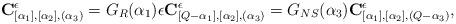
LaTeX: \begin{align*}{\bf C}_{[\alpha _1],[\alpha _2],(\alpha _3)}^\epsilon =G_{R}(\alpha _1)\epsilon {\bf C}^\epsilon _{[Q-\alpha _1],[\alpha _2],(\alpha _3)}=G_{NS}(\alpha _3){\bf C}^\epsilon _{[\alpha _1],[\alpha _2],(Q-\alpha _3)},\end{align*}